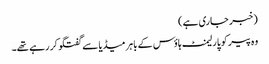
(خبر جاری ہے)
وہ پیر کو پارلیمنٹ ہاؤس کے باہر میڈیا سے گفتگو کر رہے تھے۔